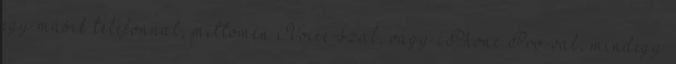
egy másik telefonnal, mittomén iVoice-szal, vagy iPhone Pro-val, mindegy